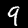
Digit: 9